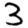
Digit: 3